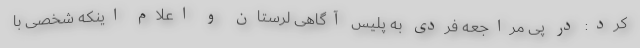
کرد: در پی مراجعه فردی به پلیس آگاهی لرستان و اعلام اینکه شخصی با